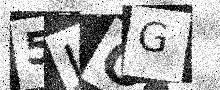
Text: 5JOG